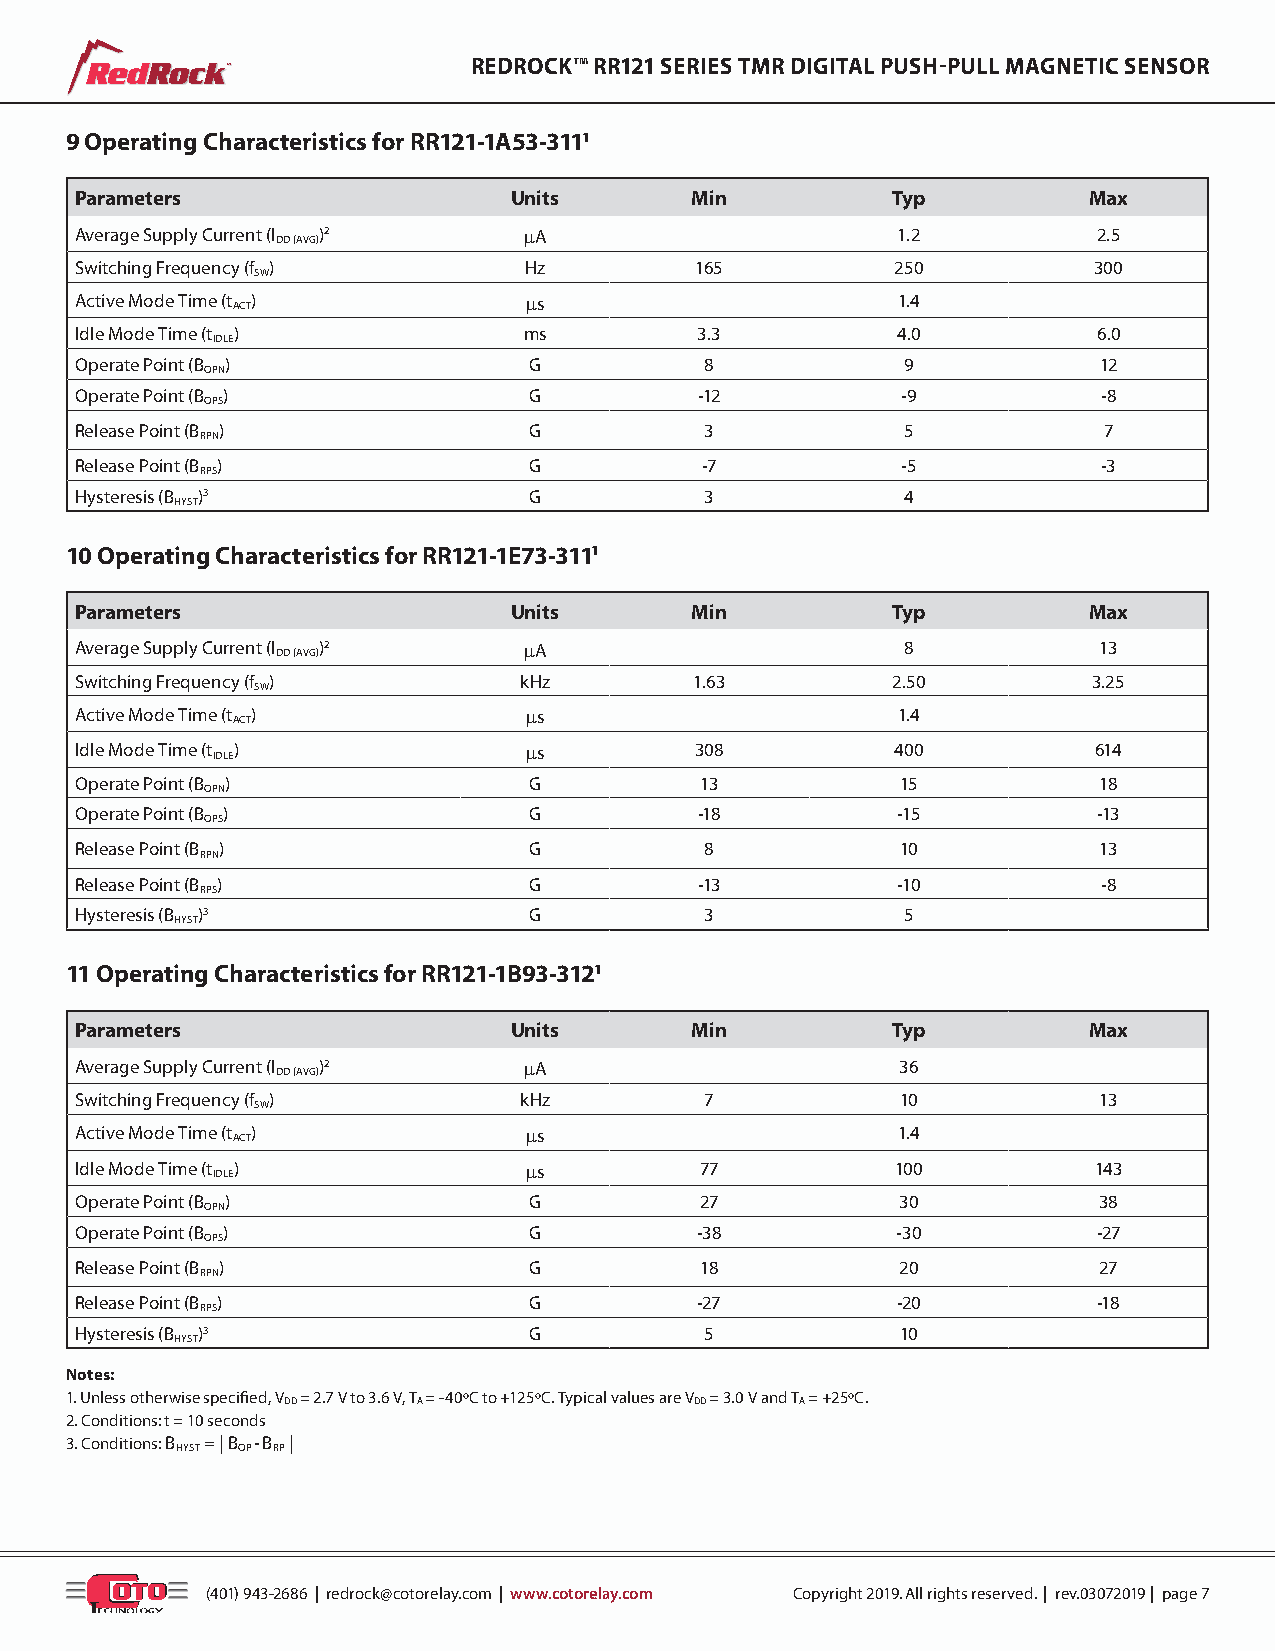
™               REDROCK™ RR121 SERIES TMR DIGITAL PUSH-PULL MAGNETIC SENSOR
 9 Operating Characteristics for RR121-1A53-3111
 Parameters                   Units       Min          Typ          Max
 Average Supply Current (I DD (AVG))2 mA               1.2           2.5
 Switching Frequency (f )      Hz         165          250          300
 SW
 Active Mode Time (t ACT)      ms                      1.4
 Idle Mode Time (t )           ms         3.3          4.0           6.0
 IDLE
 Operate Point (B )            G           8            9            12
 OPN
 Operate Point (B )            G          -12           -9           -8
 OPS
 Release Point (B )            G           3            5            7
 RPN
 Release Point (B )            G          -7            -5           -3
 RPS
 Hysteresis (B )3              G           3            4
 HYST
 10 Operating Characteristics for RR121-1E73-3111
 Parameters                   Units       Min          Typ          Max
 Average Supply Current (I DD (AVG))2 mA                8            13
 Switching Frequency (f )     kHz         1.63         2.50         3.25
 SW
 Active Mode Time (t ACT)      ms                      1.4
 Idle Mode Time (t IDLE)       ms         308          400           614
 Operate Point (B )            G          13            15           18
 OPN
 Operate Point (B )            G          -18          -15           -13
 OPS
 Release Point (B )            G           8            10           13
 RPN
 Release Point (B )            G          -13          -10           -8
 RPS
 Hysteresis (B )3              G           3            5
 HYST
 11 Operating Characteristics for RR121-1B93-3121
 Parameters                   Units       Min          Typ          Max
 Average Supply Current (I DD (AVG))2 mA                36
 Switching Frequency (f )     kHz          7            10           13
 SW
 Active Mode Time (t ACT)      ms                      1.4
 Idle Mode Time (t IDLE)       ms         77           100          143
 Operate Point (B )            G          27            30           38
 OPN
 Operate Point (B )            G          -38          -30           -27
 OPS
 Release Point (B )            G          18            20           27
 RPN
 Release Point (B )            G          -27          -20           -18
 RPS
 Hysteresis (B )3              G           5            10
 HYST
 Notes:
 1. Unless otherwise specified, V = 2.7 V to 3.6 V, T = -40ºC to +125ºC. Typical values are V = 3.0 V and T = +25ºC.
 DD       A                 DD     A
 2. Conditions: t = 10 seconds
 3. Conditions: B = | B -B |
 HYST OP RP
 (401) 943-2686 | redrock@cotorelay.com | www.cotorelay.com Copyright 2019. All rights reserved. | rev.03072019 | page 7